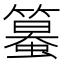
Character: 𥴵